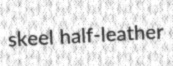
skeel half-leather